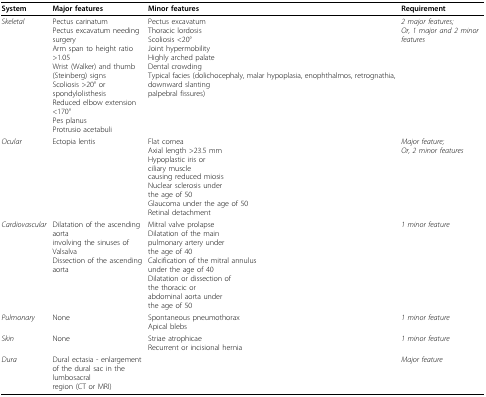
<table><thead><tr><td><b>System</b></td><td><b>Major features</b></td><td><b>Minor features</b></td><td><b>Requirement</b></td></tr></thead><tbody><tr><td><i>Skeletal</i></td><td>Pectus carinatumPectus excavatum needing surgeryArm span to height ratio &gt;1.05Wrist (Walker) and thumb(Steinberg) signsScoliosis &gt;20° or spondylolisthesisReduced elbow extension &lt;170°Pes planusProtrusio acetabuli</td><td>Pectus excavatumThoracic lordosisScoliosis &lt;20°Joint hypermobilityHighly arched palateDental crowdingTypical facies (dolichocephaly, malar hypoplasia, enophthalmos, retrognathia, downward slantingpalpebral fissures)</td><td><i>2 major features;</i><i>Or, 1 major and 2 minor features</i></td></tr><tr><td><i>Ocular</i></td><td>Ectopia lentis</td><td>Flat corneaAxial length &gt;23.5 mmHypoplastic iris orciliary musclecausing reduced miosisNuclear sclerosis underthe age of 50Glaucoma under the age of 50Retinal detachment</td><td><i>Major feature;</i><i>Or, 2 minor features</i></td></tr><tr><td><i>Cardiovascular</i></td><td>Dilatation of the ascending aortainvolving the sinuses of ValsalvaDissection of the ascending aorta</td><td>Mitral valve prolapseDilatation of the mainpulmonary artery underthe age of 40Calcification of the mitral annulusunder the age of 40Dilatation or dissection ofthe thoracic orabdominal aorta underthe age of 50</td><td><i>1 minor feature</i></td></tr><tr><td><i>Pulmonary</i></td><td>None</td><td>Spontaneous pneumothoraxApical blebs</td><td><i>1 minor feature</i></td></tr><tr><td><i>Skin</i></td><td>None</td><td>Striae atrophicaeRecurrent or incisional hernia</td><td><i>1 minor feature</i></td></tr><tr><td><i>Dura</i></td><td>Dural ectasia - enlargementof the dural sac in the lumbosacralregion (CT or MRI)</td><td></td><td><i>Major feature</i></td></tr></tbody></table>